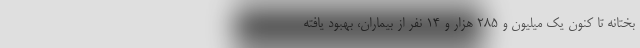
بختانه تا کنون یک میلیون و ۲۸۵ هزار و ۱۴ نفر از بیماران، بهبود یافته